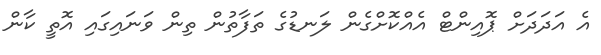
އެ އަދަދަށް ޕޮއިންޓް އެއްކޮށްގެން ލަނޑުގެ ތަފާތުން ތިން ވަނައިގައި އޮތީ ކާން